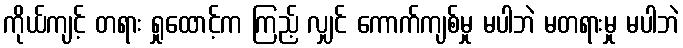
ကိုယ်ကျင့် တရား ရှုထောင့်က ကြည့် လျှင် ကောက်ကျစ်မှု မပါဘဲ မတရားမှု မပါဘဲ